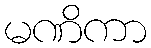
မဏိကာ